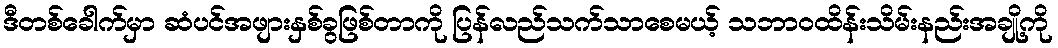
ဒီတစ်ခေါက်မှာ ဆံပင်အဖျားနှစ်ခွဖြစ်တာကို ပြန်လည်သက်သာစေမယ့် သဘာဝထိန်းသိမ်းနည်းအချို့ကို